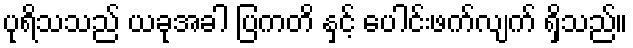
ပုရိသသည် ယခုအခါ ပြကတိ နှင့် ပေါင်းဖက်လျက် ရှိသည်။